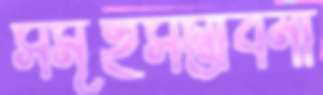
সমূহসম্ভাবনা